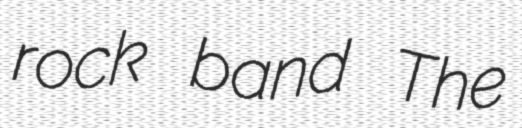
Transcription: rock band The